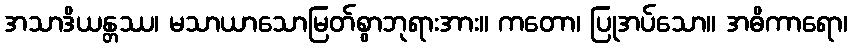
အသာဒိယန္တဿ၊ မသာယာသောမြတ်စွာဘုရားအား။ ကတော၊ ပြုအပ်သော။ အဓိကာရော၊